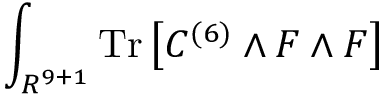
\int _ { R ^ { 9 + 1 } } \mathrm { T r } \left[ C ^ { ( 6 ) } \wedge F \wedge F \right]